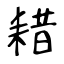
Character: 耤